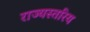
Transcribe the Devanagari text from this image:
राज्यस्तरिय